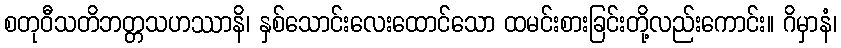
စတုဝီသတိဘတ္တသဟဿာနိ၊ နှစ်သောင်းလေးထောင်သော ထမင်းစားခြင်းတို့လည်းကောင်း။ ဂိမှာနံ၊